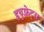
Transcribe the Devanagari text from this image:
इयुफ़्रेट्स